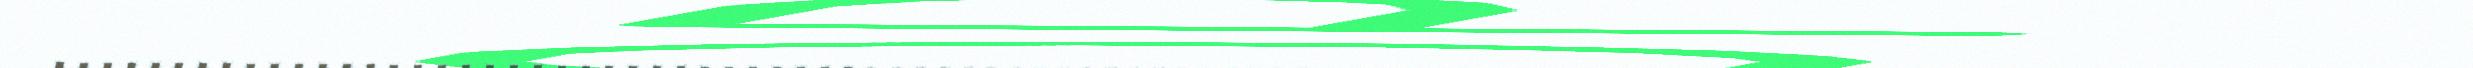
....................................................................................................